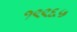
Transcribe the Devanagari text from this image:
१९९६५